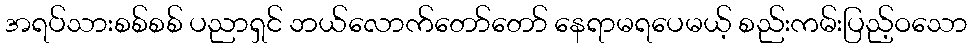
အရပ်သားစစ်စစ် ပညာရှင် ဘယ်လောက်တော်တော် နေရာမရပေမယ့် စည်းကမ်းပြည့်ဝသော